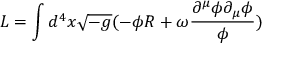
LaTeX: L = \int { d ^ { 4 } x \sqrt { - g } ( - { \phi } R + { \omega } \frac { { \partial } ^ { \mu } { \phi } { \partial } _ { \mu } { \phi } } { \phi } ) }